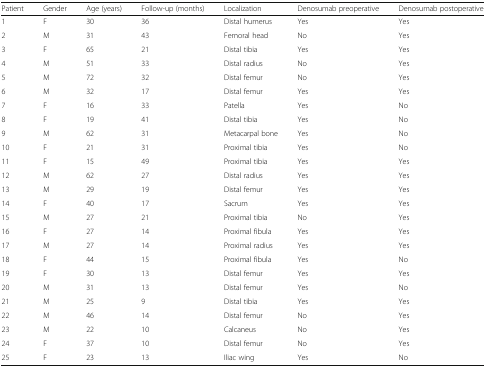
| Patient | Gender | Age (years) | Follow-up (months) | Localization | Denosumab preoperative | Denosumab postoperative |
 | --- | --- | --- | --- | --- | --- | --- |
 | 1 | F | 30 | 36 | Distal humerus | Yes | Yes |
 | 2 | M | 31 | 43 | Femoral head | No | Yes |
 | 3 | F | 65 | 21 | Distal tibia | Yes | Yes |
 | 4 | M | 51 | 33 | Distal radius | No | Yes |
 | 5 | M | 72 | 32 | Distal femur | No | Yes |
 | 6 | M | 32 | 17 | Distal femur | Yes | Yes |
 | 7 | F | 16 | 33 | Patella | Yes | No |
 | 8 | F | 19 | 41 | Distal tibia | Yes | No |
 | 9 | M | 62 | 31 | Metacarpal bone | Yes | No |
 | 10 | F | 21 | 31 | Proximal tibia | Yes | No |
 | 11 | F | 15 | 49 | Proximal tibia | Yes | Yes |
 | 12 | M | 62 | 27 | Distal radius | Yes | Yes |
 | 13 | M | 29 | 19 | Distal femur | Yes | Yes |
 | 14 | F | 40 | 17 | Sacrum | Yes | Yes |
 | 15 | M | 27 | 21 | Proximal tibia | No | Yes |
 | 16 | F | 27 | 14 | Proximal fibula | Yes | Yes |
 | 17 | M | 27 | 14 | Proximal radius | Yes | Yes |
 | 18 | F | 44 | 15 | Proximal fibula | Yes | No |
 | 19 | F | 30 | 13 | Distal femur | Yes | Yes |
 | 20 | M | 31 | 13 | Distal femur | Yes | No |
 | 21 | M | 25 | 9 | Distal tibia | Yes | Yes |
 | 22 | M | 46 | 14 | Distal femur | No | Yes |
 | 23 | M | 22 | 10 | Calcaneus | No | Yes |
 | 24 | F | 37 | 10 | Distal femur | No | Yes |
 | 25 | F | 23 | 13 | Iliac wing | Yes | No |